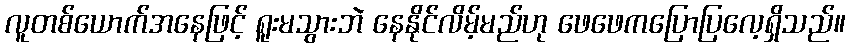
လူတစ်ယောက်အနေဖြင့် ရူးမသွားဘဲ နေနိုင်လိမ့်မည်ဟု ဖေဖေကပြောပြလေ့ရှိသည်။